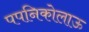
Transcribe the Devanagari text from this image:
पपनिकोलाऊ